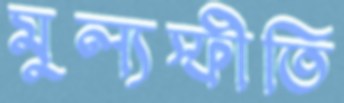
মুল্যস্ফীতি